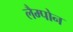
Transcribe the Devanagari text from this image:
लैम्पोन